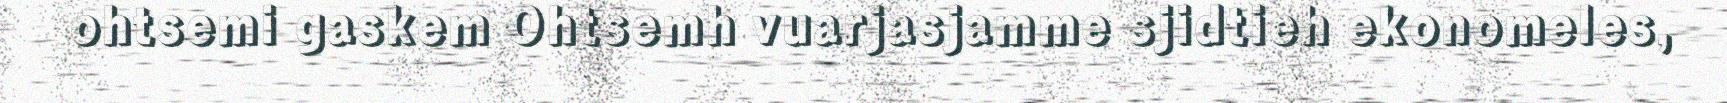
ohtsemi gaskem Ohtsemh vuarjasjamme sjidtieh ekonomeles,